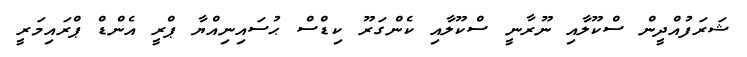
ޝަރަފުއްދީން ސްކޫލާއި ނޫރާނީ ސްކޫލާއި ކެންގަރޫ ކިޑްސް ޙުސައިނިއްޔާ ޕްރީ އެންޑް ޕްރައިމަރީ